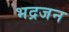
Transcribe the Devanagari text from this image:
भद्रजन